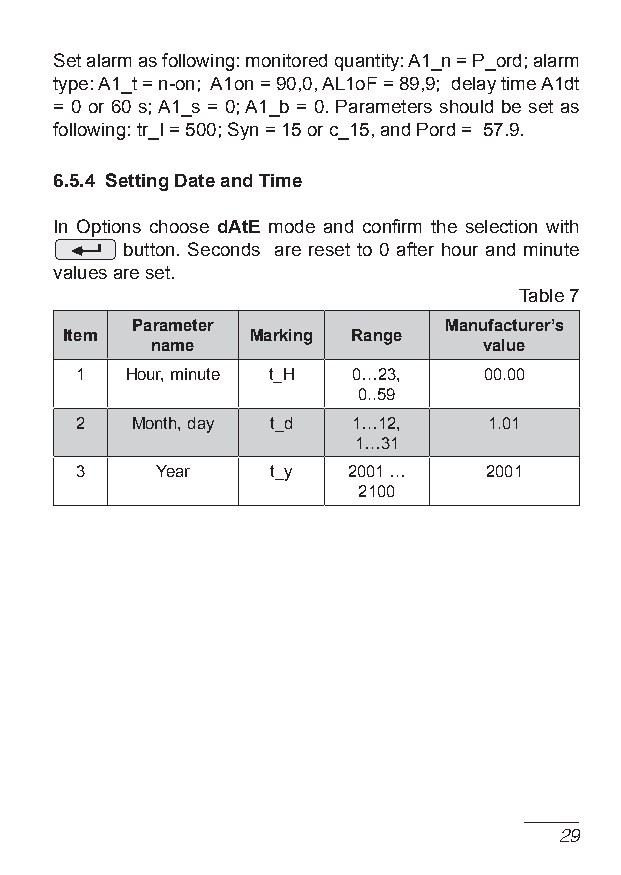
Set alarm as following: monitored quantity: A1_n = P_ord; alarm
 type: A1_t = n-on; A1on = 90,0, AL1of = 89,9; delay time A1dt
 = 0 or 60 s; A1_s = 0; A1_b = 0. Parameters should be set as
 following: tr_I = 500; Syn = 15 or c_15, and Pord = 57.9.
 6.5.4 Setting Date and Time
 In Options choose dAtE mode and confirm the selection with
 button. Seconds are reset to 0 after hour and minute
 values are set.
 Table 7
 Parameter           Manufacturer’s
 Item        Marking Range
 name                  value
 1  Hour, minute t_H 0…23,  00.00
 0..59
 2   Month, day t_d 1…12,   1.01
 1…31
 3    year    t_y  2001 …   2001
 2100
 